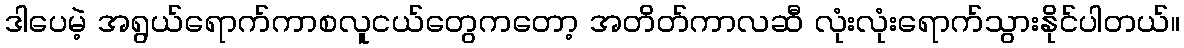
ဒါပေမဲ့ အရွယ်ရောက်ကာစလူငယ်တွေကတော့ အတိတ်ကာလဆီ လုံးလုံးရောက်သွားနိုင်ပါတယ်။